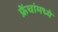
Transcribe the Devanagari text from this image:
फ्रेंचांमध्ये